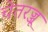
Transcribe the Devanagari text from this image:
चेतरज्जू